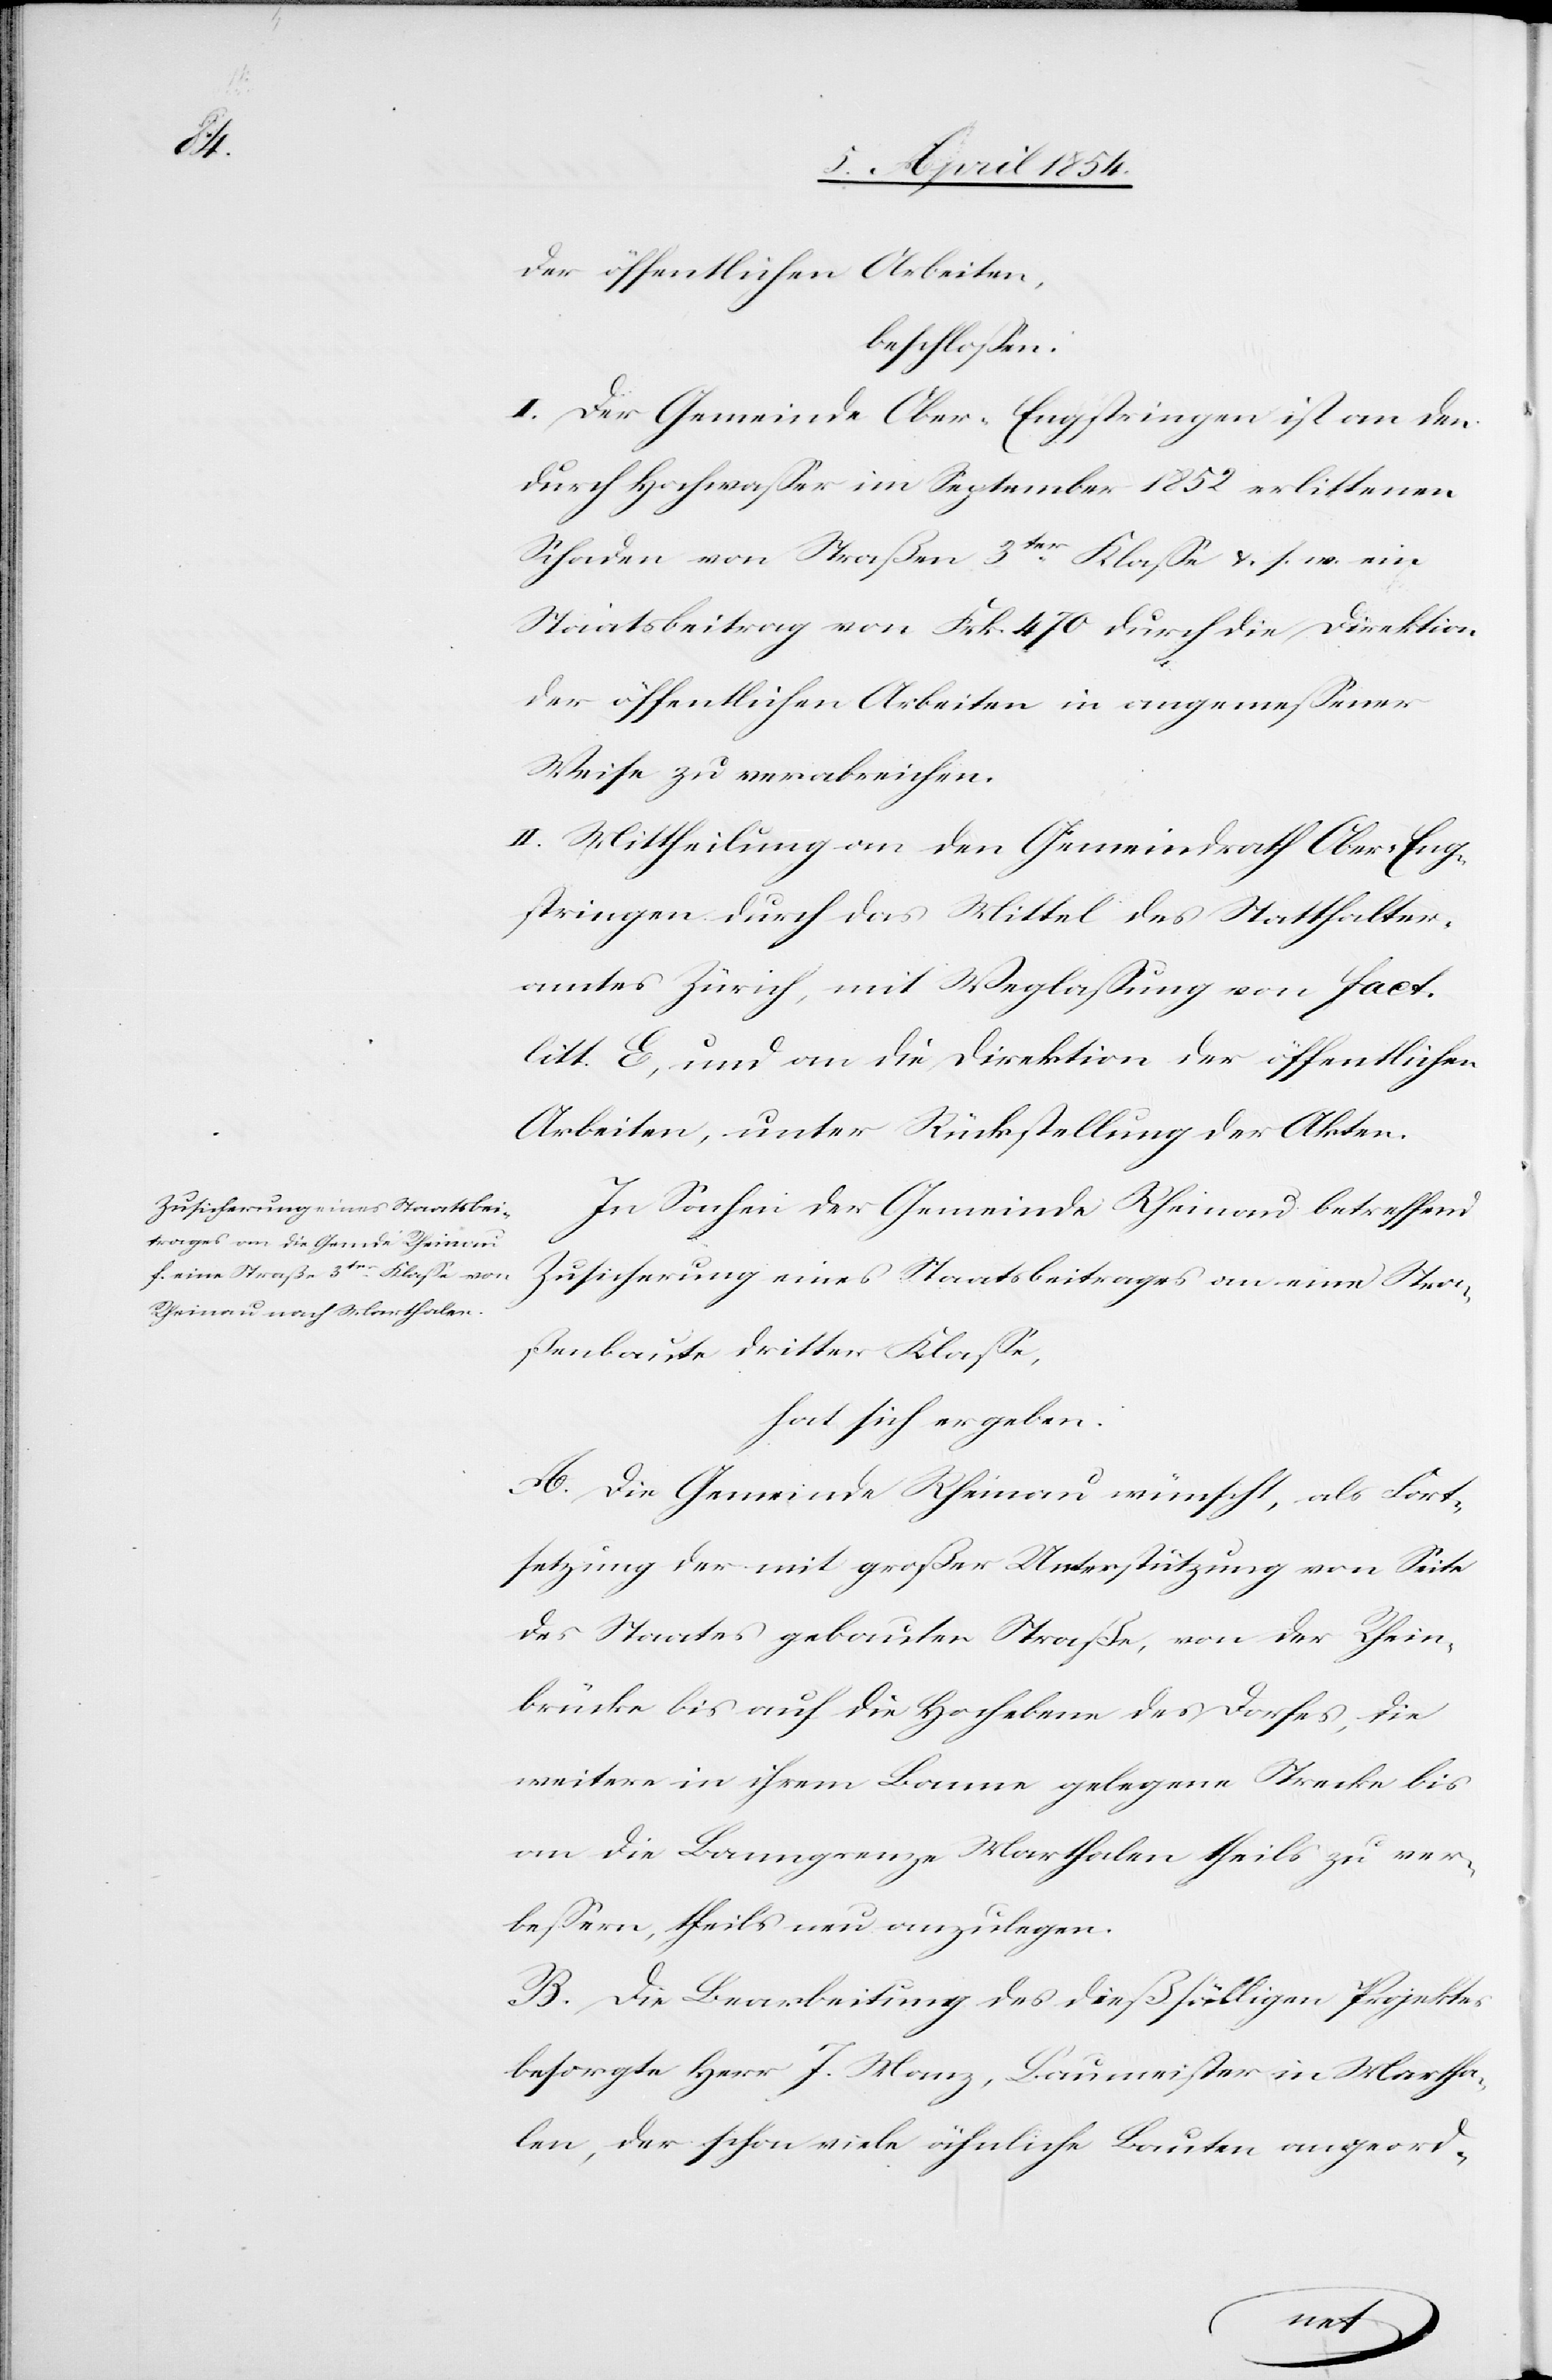
der öffentlichen Arbeiten,
beschlossen:
I. Der Gemeinde Ober-Engstringen ist an den
durch Hochwaßer im September 1852 erlittenen
Schaden von Straßen 3tr Klasse u s. w. ein
Staatsbeitrag von Frk. 470 durch die Direktion
der öffentlichen Arbeiten in angemeßener
Weise zu verabreichen.
II. Mittheilung an den Gemeindrath Ober-Eng¬
stringen durch das Mittel des Statthalter¬
amtes Zürich, mit Weglaßung von Fact.
litt. E, und an die Direktion der öffentlichen
Arbeiten, unter Rückstellung der Akten.
In Sachen der Gemeinde Rheinau betreffend
Zusicherung eines Staatsbeitrages an eine Stra¬
ßenbaute dritter Klaße,
hat sich ergeben:
A. Die Gemeinde Rheinau wünscht, als Fort¬
setzung der mit großer Unterstützung von Seite
des Staates gebauter Straße, von der Rhein¬
brücke bis auf die Hochebene des Dorfes, die
weitere in ihrem Banne gelegene Strecke bis
an die Baumgrenze Marthalen theils zu ver¬
beßern, theils neu anzulegen.
B. Die Bearbeitung des dießfälligen Projektes
besorgte Herr J. Manz, Baumeister in Martha¬
len, der schon viele ähnliche Bauten angeord-